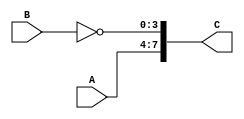
module significantout(A,B, C);
	input [3:0] A, B;
	output [7:0] C;
	
	assign C = {A, ~B};
	
endmodule